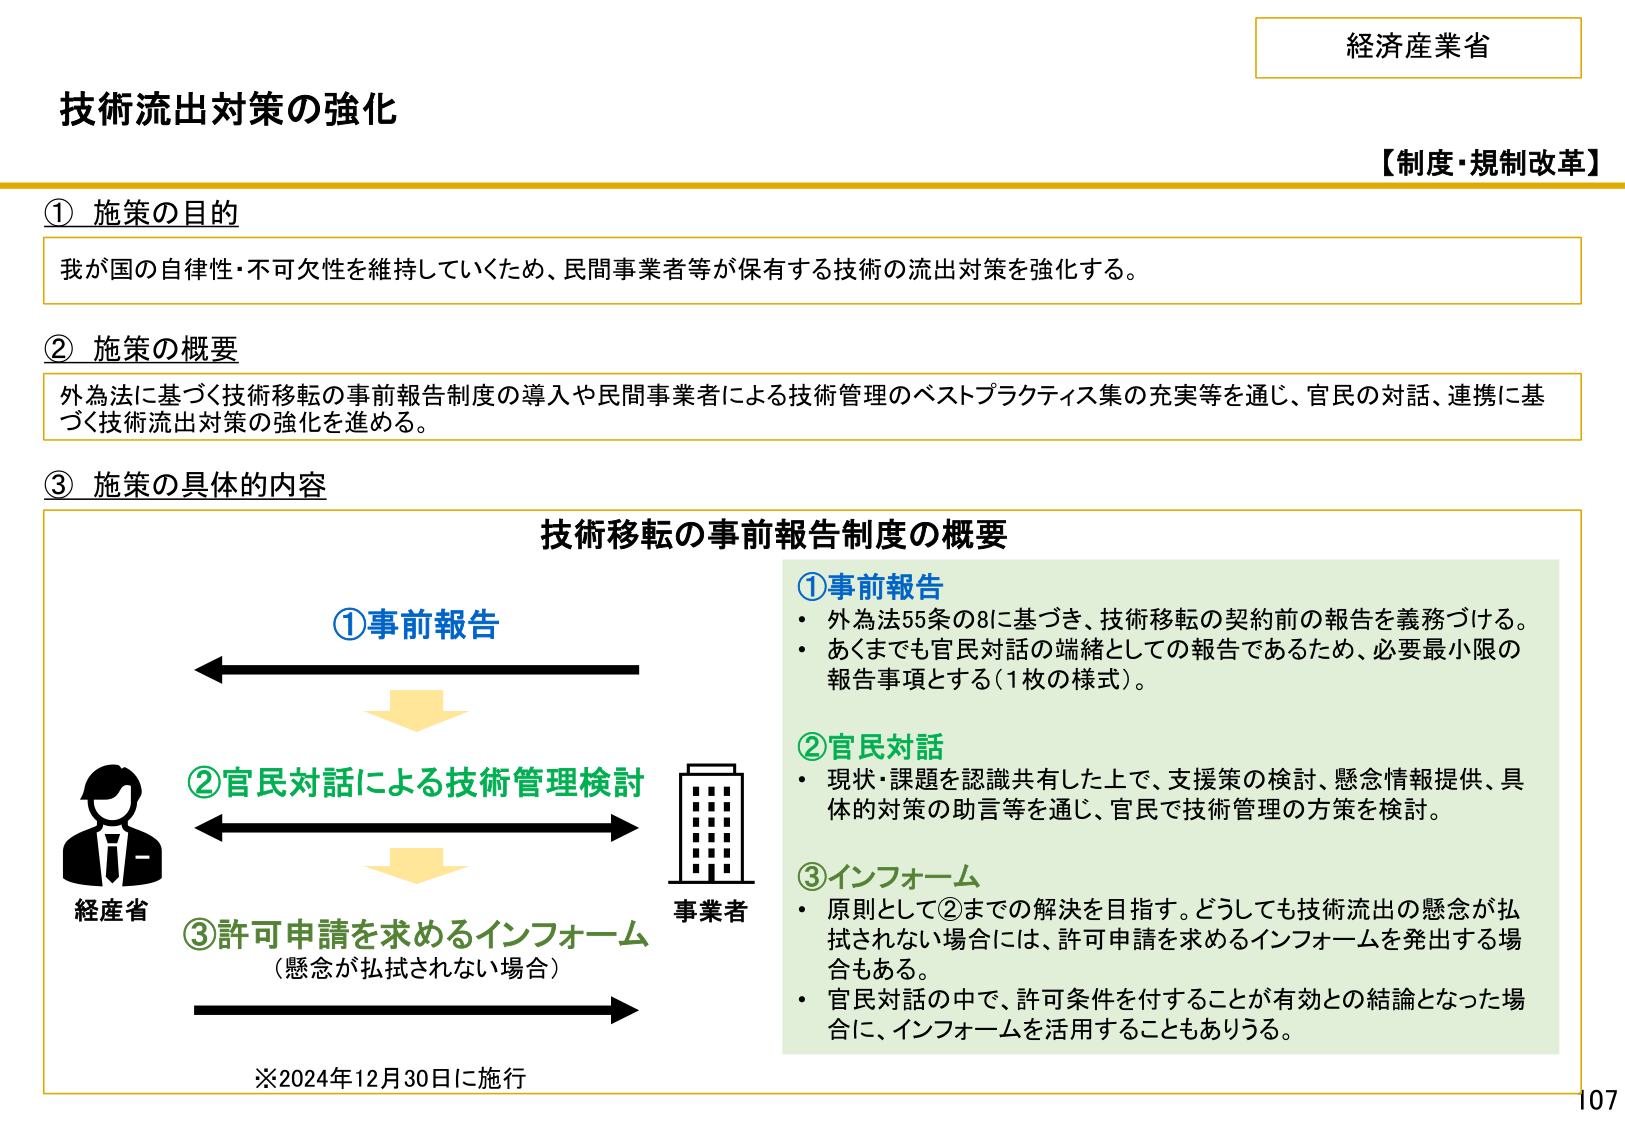
経済産業省
【制度・規制改革】
技術流出対策の強化

① 施策の目的
我が国の自律性・不可欠性を維持していくため、民間事業者等が保有する技術の流出対策を強化する。

② 施策の概要
外為法に基づく技術移転の事前報告制度の導入や民間事業者による技術管理のベストプラクティス集の充実等を通じ、官民の対話、連携に基づく技術流出対策の強化を進める。

③ 施策の具体的な内容

技術移転の事前報告制度の概要

①事前報告
・外為法55条の8に基づき、技術移転の契約前の報告を義務づける。
・あくまでも官民対話の端緒としての報告であるため、必要最小限の報告事項とする（1枚の様式）。

②官民対話
・現状・課題を認識共有した上で、支援策の検討、懸念情報提供、具体的対策の助言等を通じ、官民で技術管理の方策を検討。

③インフォーム
・原則として②までの解決を目指す。どうしても技術流出の懸念が払拭されない場合には、許可申請を求めるインフォームを発出する場合もある。
・官民対話の中で、許可条件を付することが有効との結論となった場合に、インフォームを活用することもありうる。

①事前報告
②官民対話による技術管理検討
③許可申請を求めるインフォーム
（懸念が払拭されない場合）

※2024年12月30日に施行

経産省
事業者

107